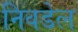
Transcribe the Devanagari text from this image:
निवडेल